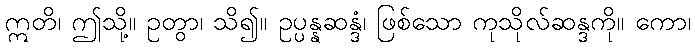
ဣတိ၊ ဤသို့။ ဥတွာ၊ သိ၍။ ဥပ္ပန္နဆန္ဒံ၊ ဖြစ်သော ကုသိုလ်ဆန္ဒကို။ ကော၊